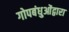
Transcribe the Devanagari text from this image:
गोपबंधुओंद्वारा